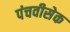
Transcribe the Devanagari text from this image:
पंचवीसेक